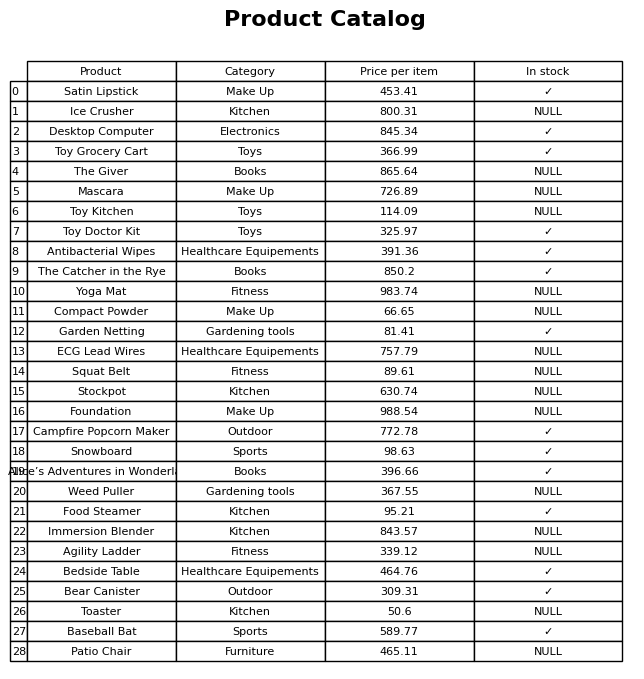
question: What is the price of the Squat Belt?
answer: The price of Squat Belt is 89.61.